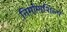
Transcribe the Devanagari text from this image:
निर्माणशिल्प